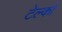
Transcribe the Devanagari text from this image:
टेल्‍को